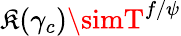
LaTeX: \mathfrak{K}(\gamma_{c})\simT^{f/\psi}